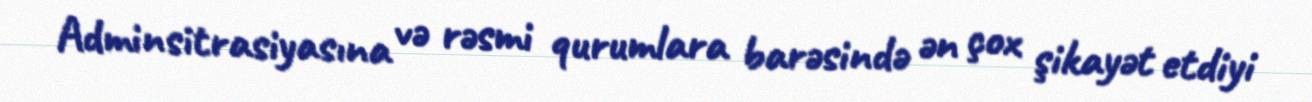
Adminsitrasiyasına və rəsmi qurumlara barəsində ən çox şikayət etdiyi